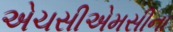
એચસીએમસીના